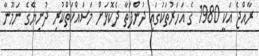
ރާއްޖެ އަކީ 1980 ގެ އަހަރުތަކުގައި ދުންފަތާ ދެކޮޅަށް މަސައްކަތްކުރި ދުނިޔޭގެ ނަމޫނާ